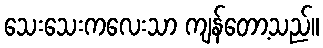
သေးသေးကလေးသာ ကျန်တော့သည်။